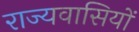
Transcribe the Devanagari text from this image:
राज्यवासियों